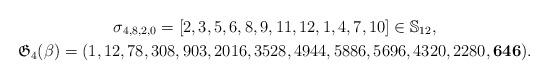
LaTeX: \begin{gather*}\sigma_{4,8,2,0}= [2,3,5,6,8,9,11,12,1,4,7,10] \in\mathbb{S}_{12},\\\mathfrak{G}_{4}(\beta)= (1,12,78,308,903,2016,3528,4944,5886,5696,4320,2280,{\bf 646}).\end{gather*}